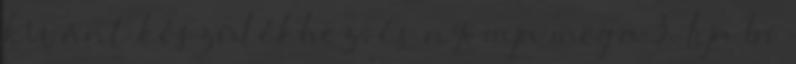
kívánt készülékhez, és nyomja meg a 3. Írja be